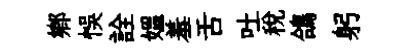
鄕悞詮媪羞舌吐稅鴿躬